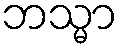
ဘသ္မာ